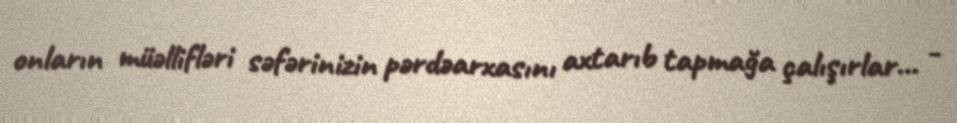
onların müəllifləri səfərinizin pərdəarxasını axtarıb tapmağa çalışırlar... -